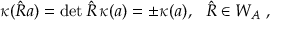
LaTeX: \kappa ( \hat { R } a ) = \operatorname * { d e t } { \hat { R } } \, \kappa ( a ) = \pm \kappa ( a ) , \ \ \hat { R } \in W _ { A } \ ,